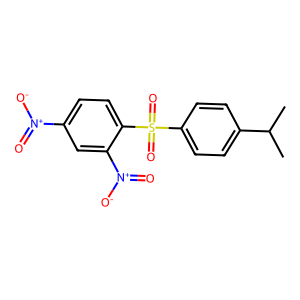
SMILES: CC(C)c1ccc(S(=O)(=O)c2ccc([N+](=O)[O-])cc2[N+](=O)[O-])cc1
Inhibits HIV replication: No